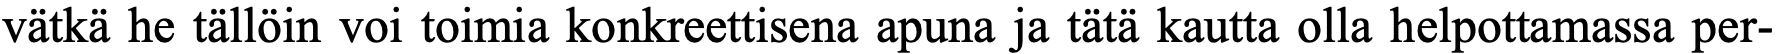
vätkä he tällöin voi toimia konkreettisena apuna ja tätä kautta olla helpottamassa per-